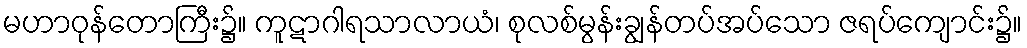
မဟာဝုန်တောကြီး၌။ ကူဋာဂါရသာလာယံ၊ စုလစ်မွန်းချွန်တပ်အပ်သော ဇရပ်ကျောင်း၌။